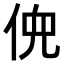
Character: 𫢳